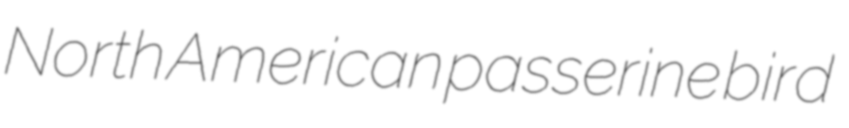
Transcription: North American passerine bird